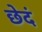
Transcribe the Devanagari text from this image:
छेदं